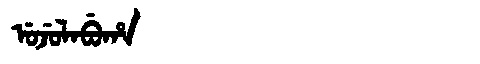
Manchu: ᡠᠵᡠᠯᠠᠪᡠᡥᠠ
Romanization: UJULABUHA